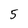
Character: 5